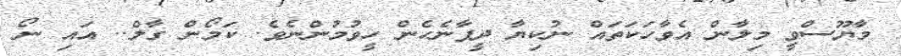
މާޔޫސްވީ މިލާން އެވާހަކަތައް ނުކިޔާ ދީފާނެހެން ހީވުމުންނެވެ. ކަމޯން ގާލް.. އައި ނޯ